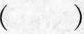
()